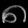
Digit: ၈